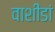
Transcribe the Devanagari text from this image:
वाशींडां